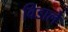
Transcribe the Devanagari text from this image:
विडाले